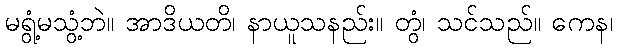
မရွံ့မသွံ့ဘဲ။ အာဒိယတိ၊ နာယူသနည်း။ တွံ၊ သင်သည်။ ကေန၊